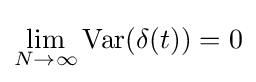
\lim _{N\to \infty }{\text{Var}}(\delta (t))=0